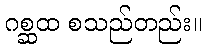
ဂစ္ဆထ စသည်တည်း။